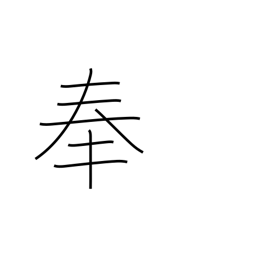
Meaning: observance